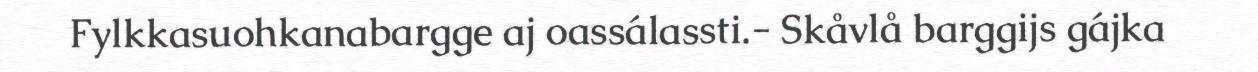
Fylkkasuohkanabargge aj oassálassti.- Skåvlå barggijs gájka